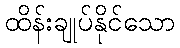
ထိန်းချုပ်နိုင်သော